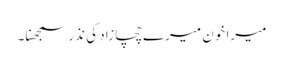
میرا خون میرے چچا زاد کی نذر سمجھنا۔